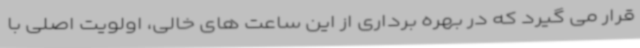
قرار می گیرد که در بهره برداری از این ساعت های خالی، اولویت اصلی با